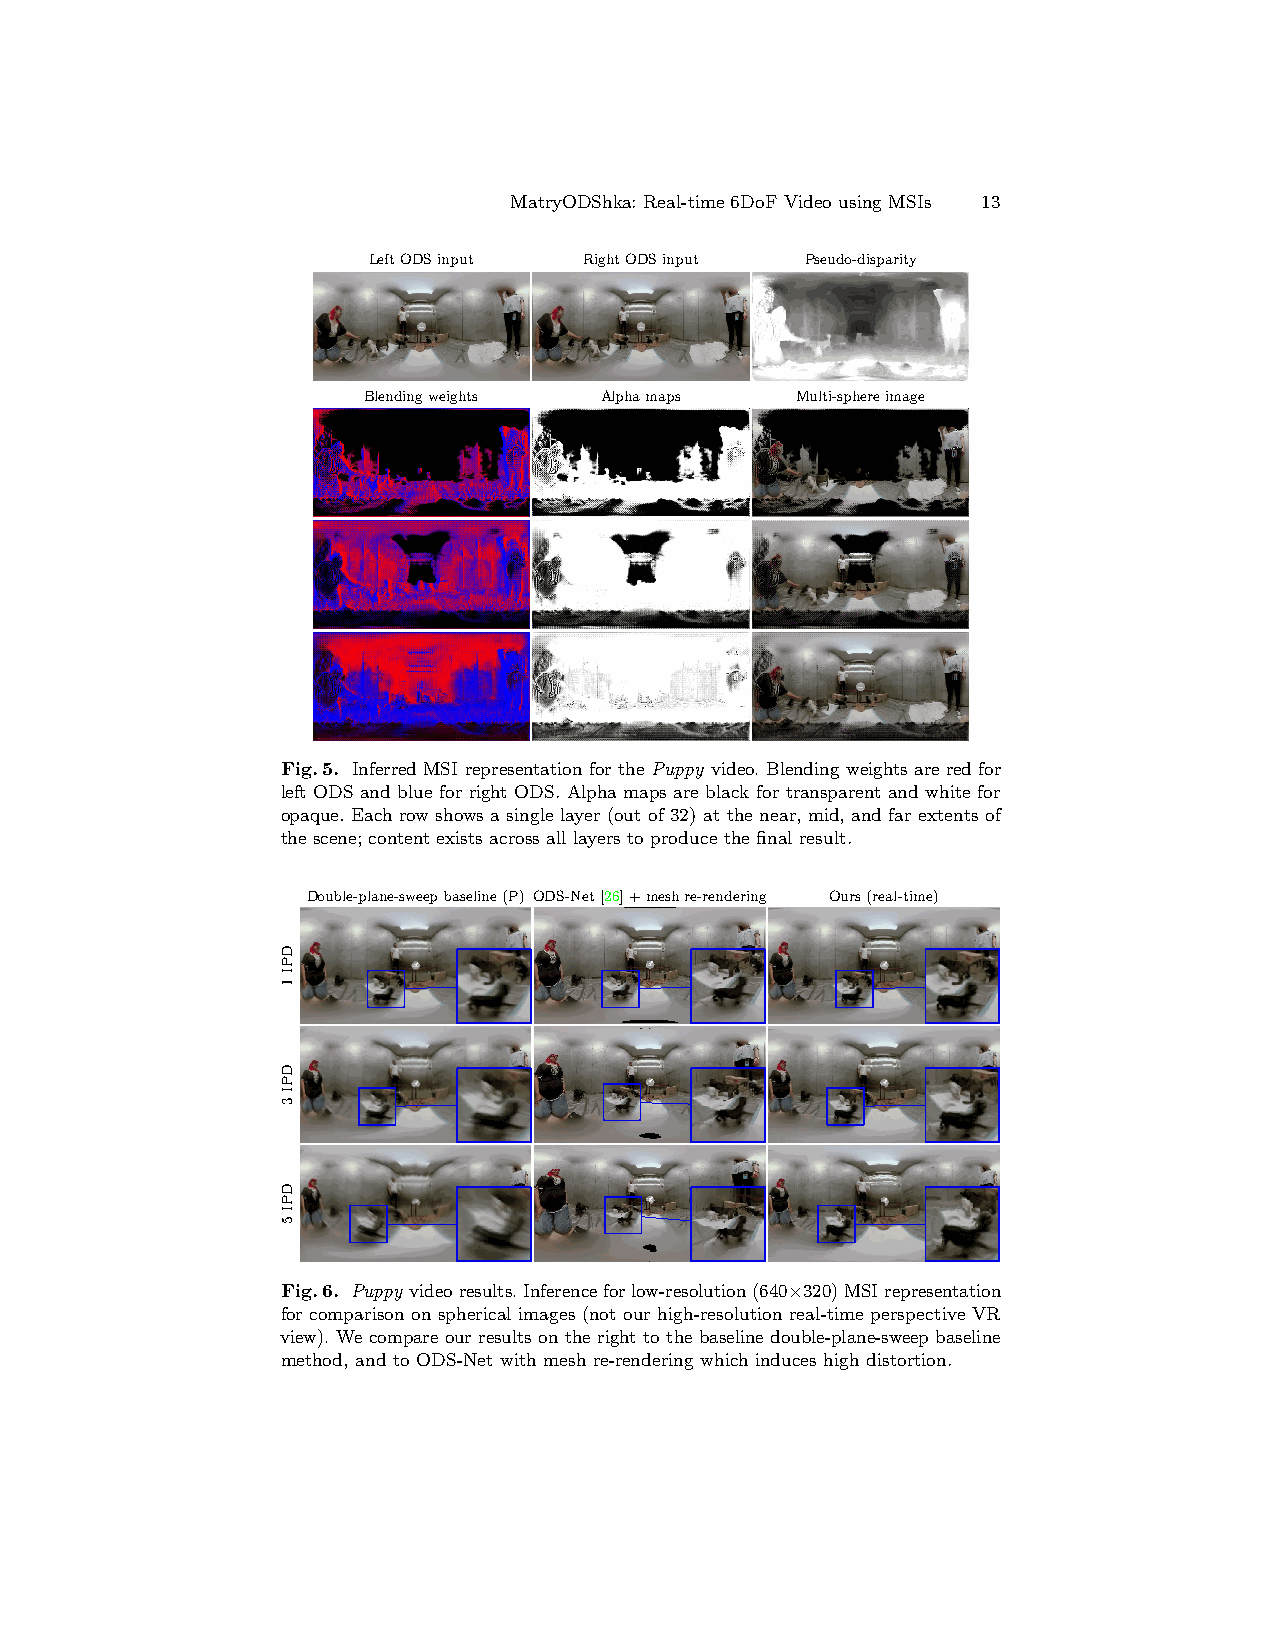
MatryODShka: Real-time 6DoF Video using MSIs 13
 LeftODSinput   RightODSinput Pseudo-disparity
 Blendingweights Alphamaps    Multi-sphereimage
 Double-plane-sweep baseline (P) ODDoSu-bNlee-tp[l2a6n]e+-swmeeepshbraes-erleinnede(rPin)gODS-NetO[2u6r]s+(remael-sthimree-)rendering Ours (real-time)
 Double-plane-sweep baseline (P) ODS-Net [26] + mesh re-rendering     Ours (real-time)
 Double-plane-sw Dee op ubb la es -pel li an ne e-( sP w) eeO pDD boS au- sbN el lee i- ntp e[l2a (6n P]e )+-s Owme Dee Spsh -Nbra ees t-er [le 2inn 6ed ]e +(rPin m)g eO shDS re- -N ree ntO d[2 eu6 rr i]s n+g(remael-sthimree-) Ore un rd se (r rin eag l-time) Ours (real-time)
 Fig.5. Inferred MSI representation for the Puppy video. Blending weights are red for
 Double-plane-sweDepoubbalsee-lpinlaen(eP-les)fwt OOeDDeDSpoaSnubd-baNblslueeee-tlfpion[rl2aeri6ngh(]etP+-Os)DwSmOe. AeeDlpsphhSab-rmaNeas-peerstleairnn[e2edb6lea(]crPk+inf)ogrmtOraenDssphSar-erNnet-earntedOn[w2udh6iret]esrf+io(nrrgemael-sthimree-)reOnudresri(nrgeal-time) Ours (real-time)
 opaque. Each row shows a single layer (out of 32) at the near, mid, and far extents of
 the scene; content exists across all layers to produce the final result.
 Double-plane-sweepbaseline(P) ODS-Net[26]+meshre-rendering Ours(real-time)
 Fig.6. Puppy videoresults.Inferenceforlow-resolution(640×320)MSIrepresentation
 for comparison on spherical images (not our high-resolution real-time perspective VR
 view). We compare our results on the right to the baseline double-plane-sweep baseline
 method, and to ODS-Net with mesh re-rendering which induces high distortion.
 DPI
 1
 DPI
 3
 DPI
 5
 DPI
 1
 DPI
 3
 DPI
 5
 DPI
 1
 DPI
 3
 DPI
 5
 DPI
 1
 DPI
 1
 DPDIP1I
 3
 DPI
 3
 DPDIP3I
 5
 DPI
 5
 DPI
 5
 DPIDP1I1
 DPI3
 DPIDP3I5
 DPI
 5
 DPI
 1
 DPI
 3
 DPI
 5
 DPI
 1
 DPI
 3
 DPI
 5